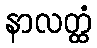
နာလတ္ထံ